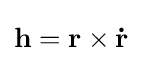
\mathbf {h} =\mathbf {r} \times \mathbf {\dot {r}}